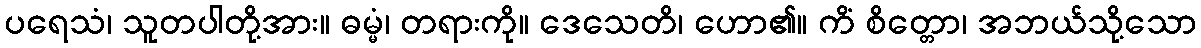
ပရေသံ၊ သူတပါတို့အား။ ဓမ္မံ၊ တရားကို။ ဒေသေတိ၊ ဟော၏။ ကိံ စိတ္တော၊ အဘယ်သို့သော